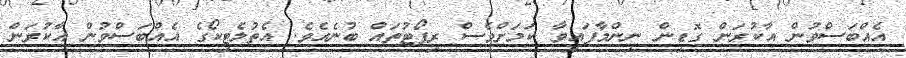
އެއްބަސްވުން އާކުރަން ގޮޑިން ނިންމާފައިވާ ކަމަށްވެސް ރިޕޯޓުތައް ބުނެއެވެ. އެތުލެޓިކޯގެ އެއްބަސްވުން އާކުރަން